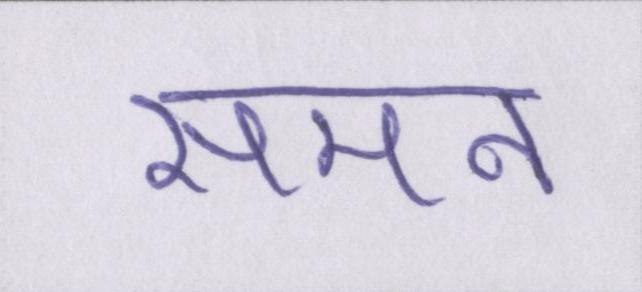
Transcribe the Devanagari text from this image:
समन